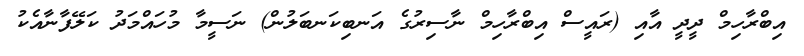
އިބްރާހިމް ދީދީ އާއި (ރައީސް އިބްރާހިމް ނާސިރުގެ އަނބިކަނބަލުން) ނަސީމާ މުހައްމަދު ކަލޭފާނާއެކު